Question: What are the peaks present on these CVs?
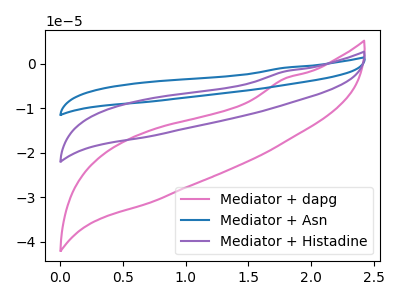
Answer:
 <answer>The pink curve "Mediator + dapg" has no peaks. The blue curve "Mediator + Asn" has no peaks. The purple curve "Mediator + Histadine" has no peaks.</answer>
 <eval></eval>